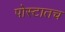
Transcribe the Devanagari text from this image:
पोस्टातच